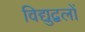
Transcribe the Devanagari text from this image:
विद्युद्बलों